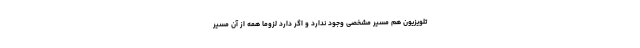
تلویزیون هم مسیر مشخصی وجود ندارد و اگر دارد لزوما همه از آن مسیر